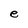
Character: e